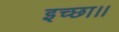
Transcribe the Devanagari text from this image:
इच्‍छा।।